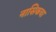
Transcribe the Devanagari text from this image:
नासिकचा